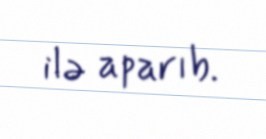
ilə aparıb.